Insane asylums in Bengal annual reports 1876-1887 - 1876-1887
Year: 1876
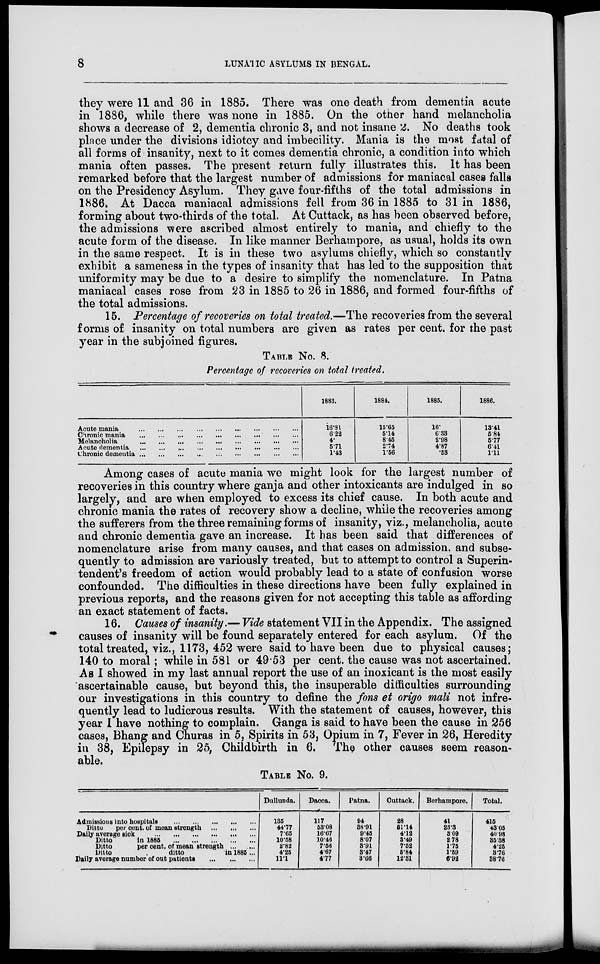
8
LUNATIC ASYLUMS IN BENGAL.
they were 11 and 36 in 1885. There was one death from dementia acute
in 1886, while there was none in 1885. On the other hand melancholia
shows a decrease of 2, dementia chronic 3, and not insane 2. No deaths took
place under the divisions idiotcy and imbecility. Mania is the most fatal of
all forms of insanity, next to it comes dementia chronic, a condition into which
mania often passes. The present return fully illustrates this. It has been
remarked before that the largest number of admissions for maniacal cases falls
on the Presidency Asylum. They gave four-fifths of the total admissions in
1886. At Dacca maniacal admissions fell from 36 in 1885 to 31 in 1886,
forming about two-thirds of the total. At Cuttack, as has been observed before,
the admissions were ascribed almost entirely to mania, and chiefly to the
acute form of the disease. In like manner Berhampore, as usual, holds its own
in the same respect. It is in these two asylums chiefly, which so constantly
exhibit a sameness in the types of insanity that has led to the supposition that
uniformity may be due to a desire to simplify the nomenclature. In Patna
maniacal cases rose from 23 in 1885 to 26 in 1886, and formed four-fifths of
the total admissions.
15. Percentage of recoveries on total treated.—The recoveries from the several
forms of insanity on total numbers are given as rates per cent. for the past
year in the subjoined figures.
TABLE No. 8.
Percentage of recoveries on total treated.
Acute mania
...
...
...
...
...
...
...
...
...
Chronic mania ... ... ... ... ... ... ... ... ...
Melancholia
...
...
...
...
...
...
...
...
...
Acute dementia
...
...
...
...
...
...
...
...
...
chronic dementia
...
...
...
...
...
...
...
...
...
1883.
16.81
6.22
4.
5.71
1.43
1884.
15.65
5.14
846
2.74
1.56
1885.
16.
6.33
2.98
4.87
.53
1886.
13.41
5.84
5.77
6.41
1.11
Among cases of acute mania we might look for the largest number of
recoveries in this country where ganja and other intoxicants are indulged in so
largely, and are when employed to excess its chief cause. In both acute and
chronic mania the rates of recovery show a decline, while the recoveries among
the sufferers from the three remaining forms of insanity, viz., melancholia, acute
and chronic dementia gave an increase. It has been said that differences of
nomenclature arise from many causes, and that cases on admission, and subse-
quently to admission are variously treated, but to attempt to control a Superin-
tendent's freedom of action would probably lead to a state of confusion worse
confounded. The difficulties in these directions have been fully explained in
previous reports, and the reasons given for not accepting this table as affording
an exact statement of facts.
16. Causes of insanity.— Vide statement VII in the Appendix. The assigned
causes of insanity will be found separately entered for each asylum. Of the
total treated, viz., 1173, 452 were said to have been due to physical causes;
140 to moral; while in 581 or 49.53 per cent. the cause was not ascertained.
As I showed in my last annual report the use of an inoxicant is the most easily
ascertainable cause, but beyond this, the insuperable difficulties surrounding
our investigations in this country to define the fons et origo mali not infre-
quently lead to ludicrous results. With the statement of causes, however, this
year I have nothing to complain. Ganga is said to have been the cause in 256
cases, Bhang and Churas in 5, Spirits in 53, Opium in 7, Fever in 26, Heredity
in 38, Epilepsy in 25, Childbirth in 6. The other causes seem reason-
able.
TABLE No. 9.
Admissions into hospitals
...
...
...
...
...
Ditto
per cent. of mean strength
...
...
...
Daily average sick
...
...
...
...
...
...
Ditto
in 1885
...
...
...
...
...
Ditto
per cent. of mean strength
...
...
Ditto
ditto
in 1885 ...
Daily average number of out patients
...
...
...
Dullunda.
136
44.77
7.65
10.58
2.82
4.25
11.1
Dacca.
117
53.08
16.67
10.46
7.56
4.67
4.77
Patna.
94
38.91
9.45
8.07
3.91
847
3.66
Cuttack.
28
51.14
4.12
3.49
7.52
5.84
12.31
Berhampore.
41
23.3
8.09
2.78
1.75
1.59
6.92
Total.
415
43.05
40.98
35.38
4.25
3.76
38.76